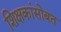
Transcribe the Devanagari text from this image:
शिक्षकांसोबत